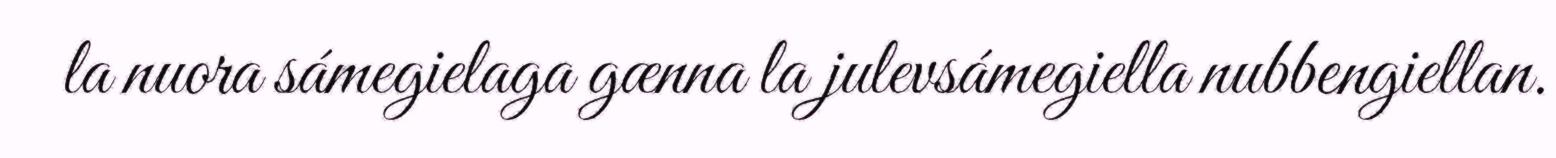
la nuora sámegielaga gænna la julevsámegiella nubbengiellan.